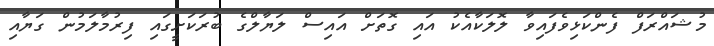
މުޝައްރަފް ފެންކަޅިވެފައިވާ ލޮލަކާއެކު އައި ގޮތަށް އައިސް ލަޔާލްގެ ބުރަކަށީގައި ފިރުމާލަމުން ގަޔާއި